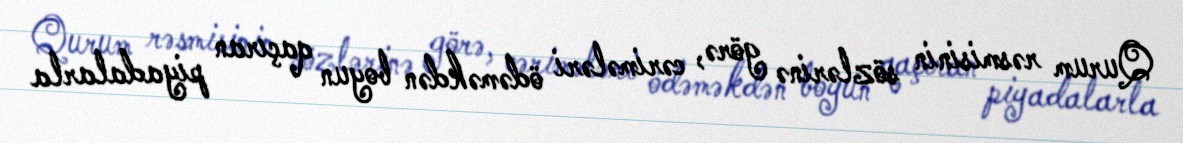
Qurum rəsmisinin sözlərinə görə, cərimələri ödəməkdən boyun qaçıran piyadalarla